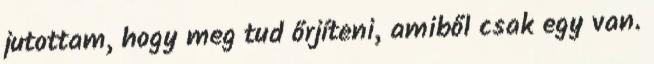
jutottam, hogy meg tud őrjíteni, amiből csak egy van.